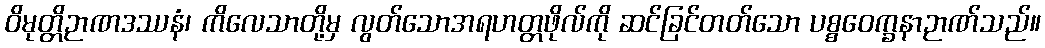
ဝိမုတ္တိဉာဏဒဿနံ၊ ကိလေသာတို့မှ လွတ်သောအရဟတ္တဖိုလ်ကို ဆင်ခြင်တတ်သော ပစ္စဝေက္ခနာဉာဏ်သည်။